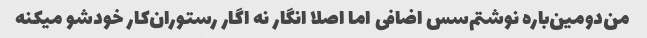
من‌دومین‌باره‌ نوشتم‌سس اضافی اما اصلا انگار نه اگار رستوران‌کار خودشو میکنه